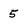
Character: 5